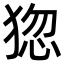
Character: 㺀